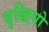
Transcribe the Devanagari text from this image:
वृद्धियो